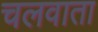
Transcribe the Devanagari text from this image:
चलवाता